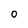
Character: O